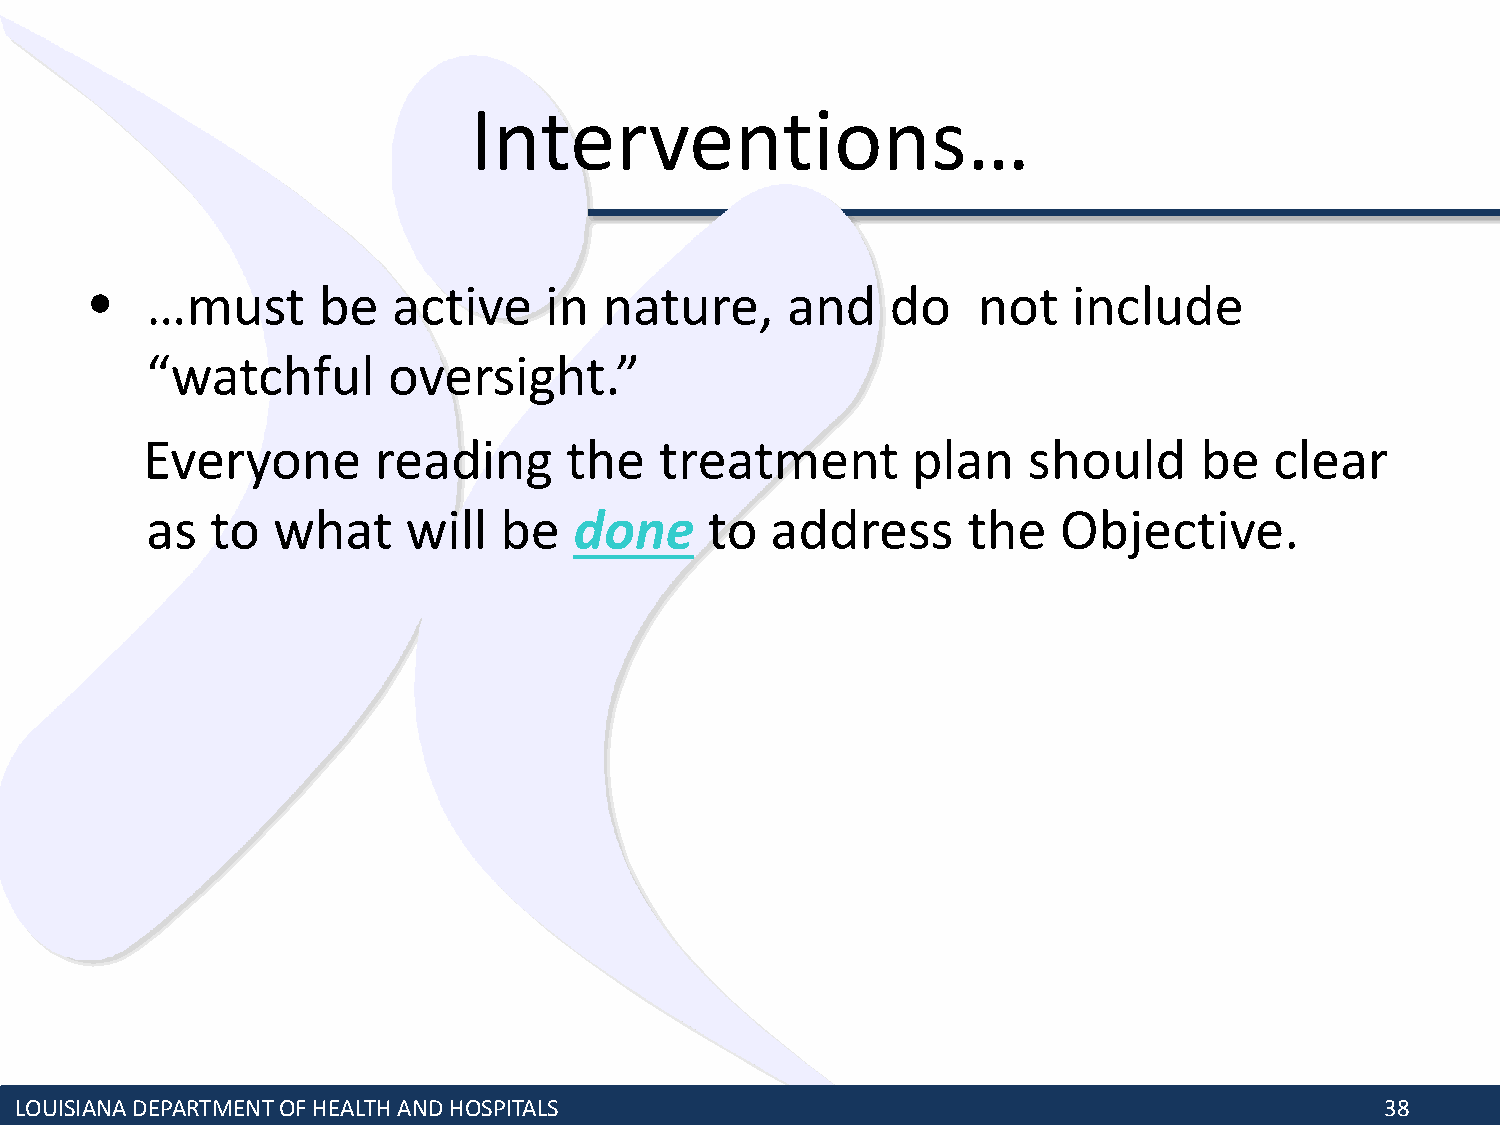
Interventions…
 •   …must      be   active    in  nature,     and    do    not   include
 “watchful       oversight.”
 Everyone        reading     the    treatment       plan    should     be   clear
 as  to  what     will  be   done     to  address      the   Objective.
 LOUISIANA DEPARTMENT OF HEALTH AND HOSPITALS                                               38